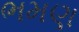
ભમણ